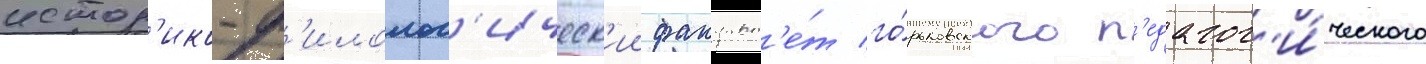
истор'ико-ф'илолог'ическ'ии факульт'е́т го́рьковского п'едагог'и́ческого